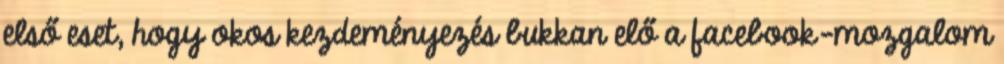
első eset, hogy okos kezdeményezés bukkan elő a facebook-mozgalom